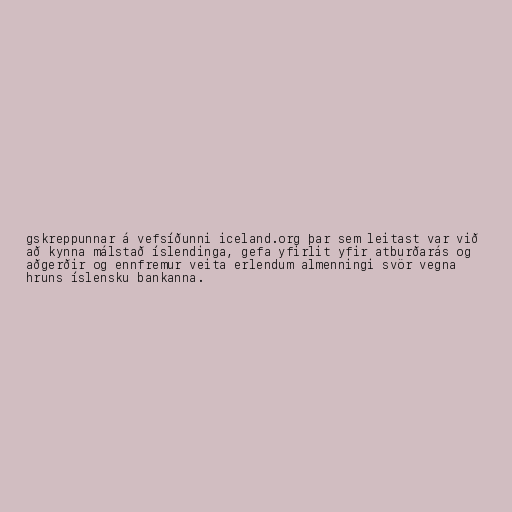
gskreppunnar á vefsíðunni iceland.org þar sem leitast var við
að kynna málstað íslendinga, gefa yfirlit yfir atburðarás og
aðgerðir og ennfremur veita erlendum almenningi svör vegna
hruns íslensku bankanna.